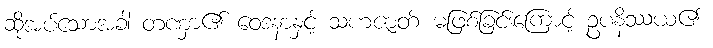
ဆိုအပ်သောအခါ တဏှာ၏ ဝေဒနာနှင့် သဟဇာတ် မဖြစ်ခြင်းကြောင့် ဥပနိဿယ၏